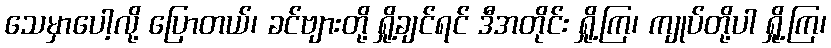
သေမှာပေါ့လို့ ပြောတယ်၊ ခင်ဗျားတို့ ရှို့ချင်ရင် ဒီအတိုင်း ရှို့ကြ၊ ကျုပ်တို့ပါ ရှို့ကြ၊